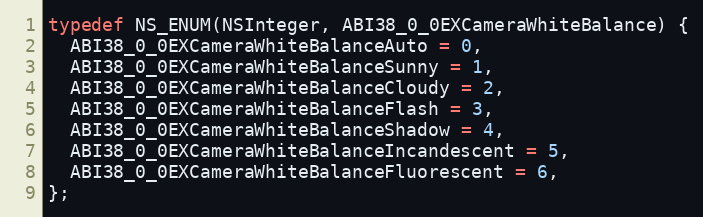
Language: C
typedef NS_ENUM(NSInteger, ABI38_0_0EXCameraWhiteBalance) {
  ABI38_0_0EXCameraWhiteBalanceAuto = 0,
  ABI38_0_0EXCameraWhiteBalanceSunny = 1,
  ABI38_0_0EXCameraWhiteBalanceCloudy = 2,
  ABI38_0_0EXCameraWhiteBalanceFlash = 3,
  ABI38_0_0EXCameraWhiteBalanceShadow = 4,
  ABI38_0_0EXCameraWhiteBalanceIncandescent = 5,
  ABI38_0_0EXCameraWhiteBalanceFluorescent = 6,
};